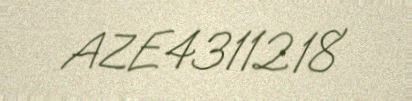
AZE4311218